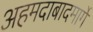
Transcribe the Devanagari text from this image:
अहमदाबादमार्गे